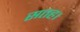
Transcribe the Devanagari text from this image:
सतह।